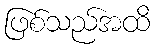
ဖြစ်သည်အထိ